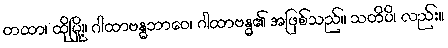
တထာ၊ ထိုမြို့။ ဂါထာဗန္ဓဘာဝေ၊ ဂါထာဗန္ဓ၏ အဖြစ်သည်။ သတိပိ၊ လည်း။